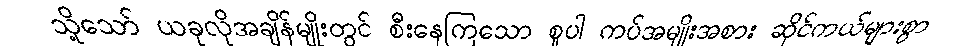
သို့သော် ယခုလိုအချိန်မျိုးတွင် စီးနေကြသော စူပါ ကပ်အမျိုးအစား ဆိုင်ကယ်များစွာ